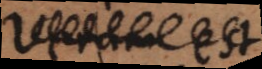
vera est